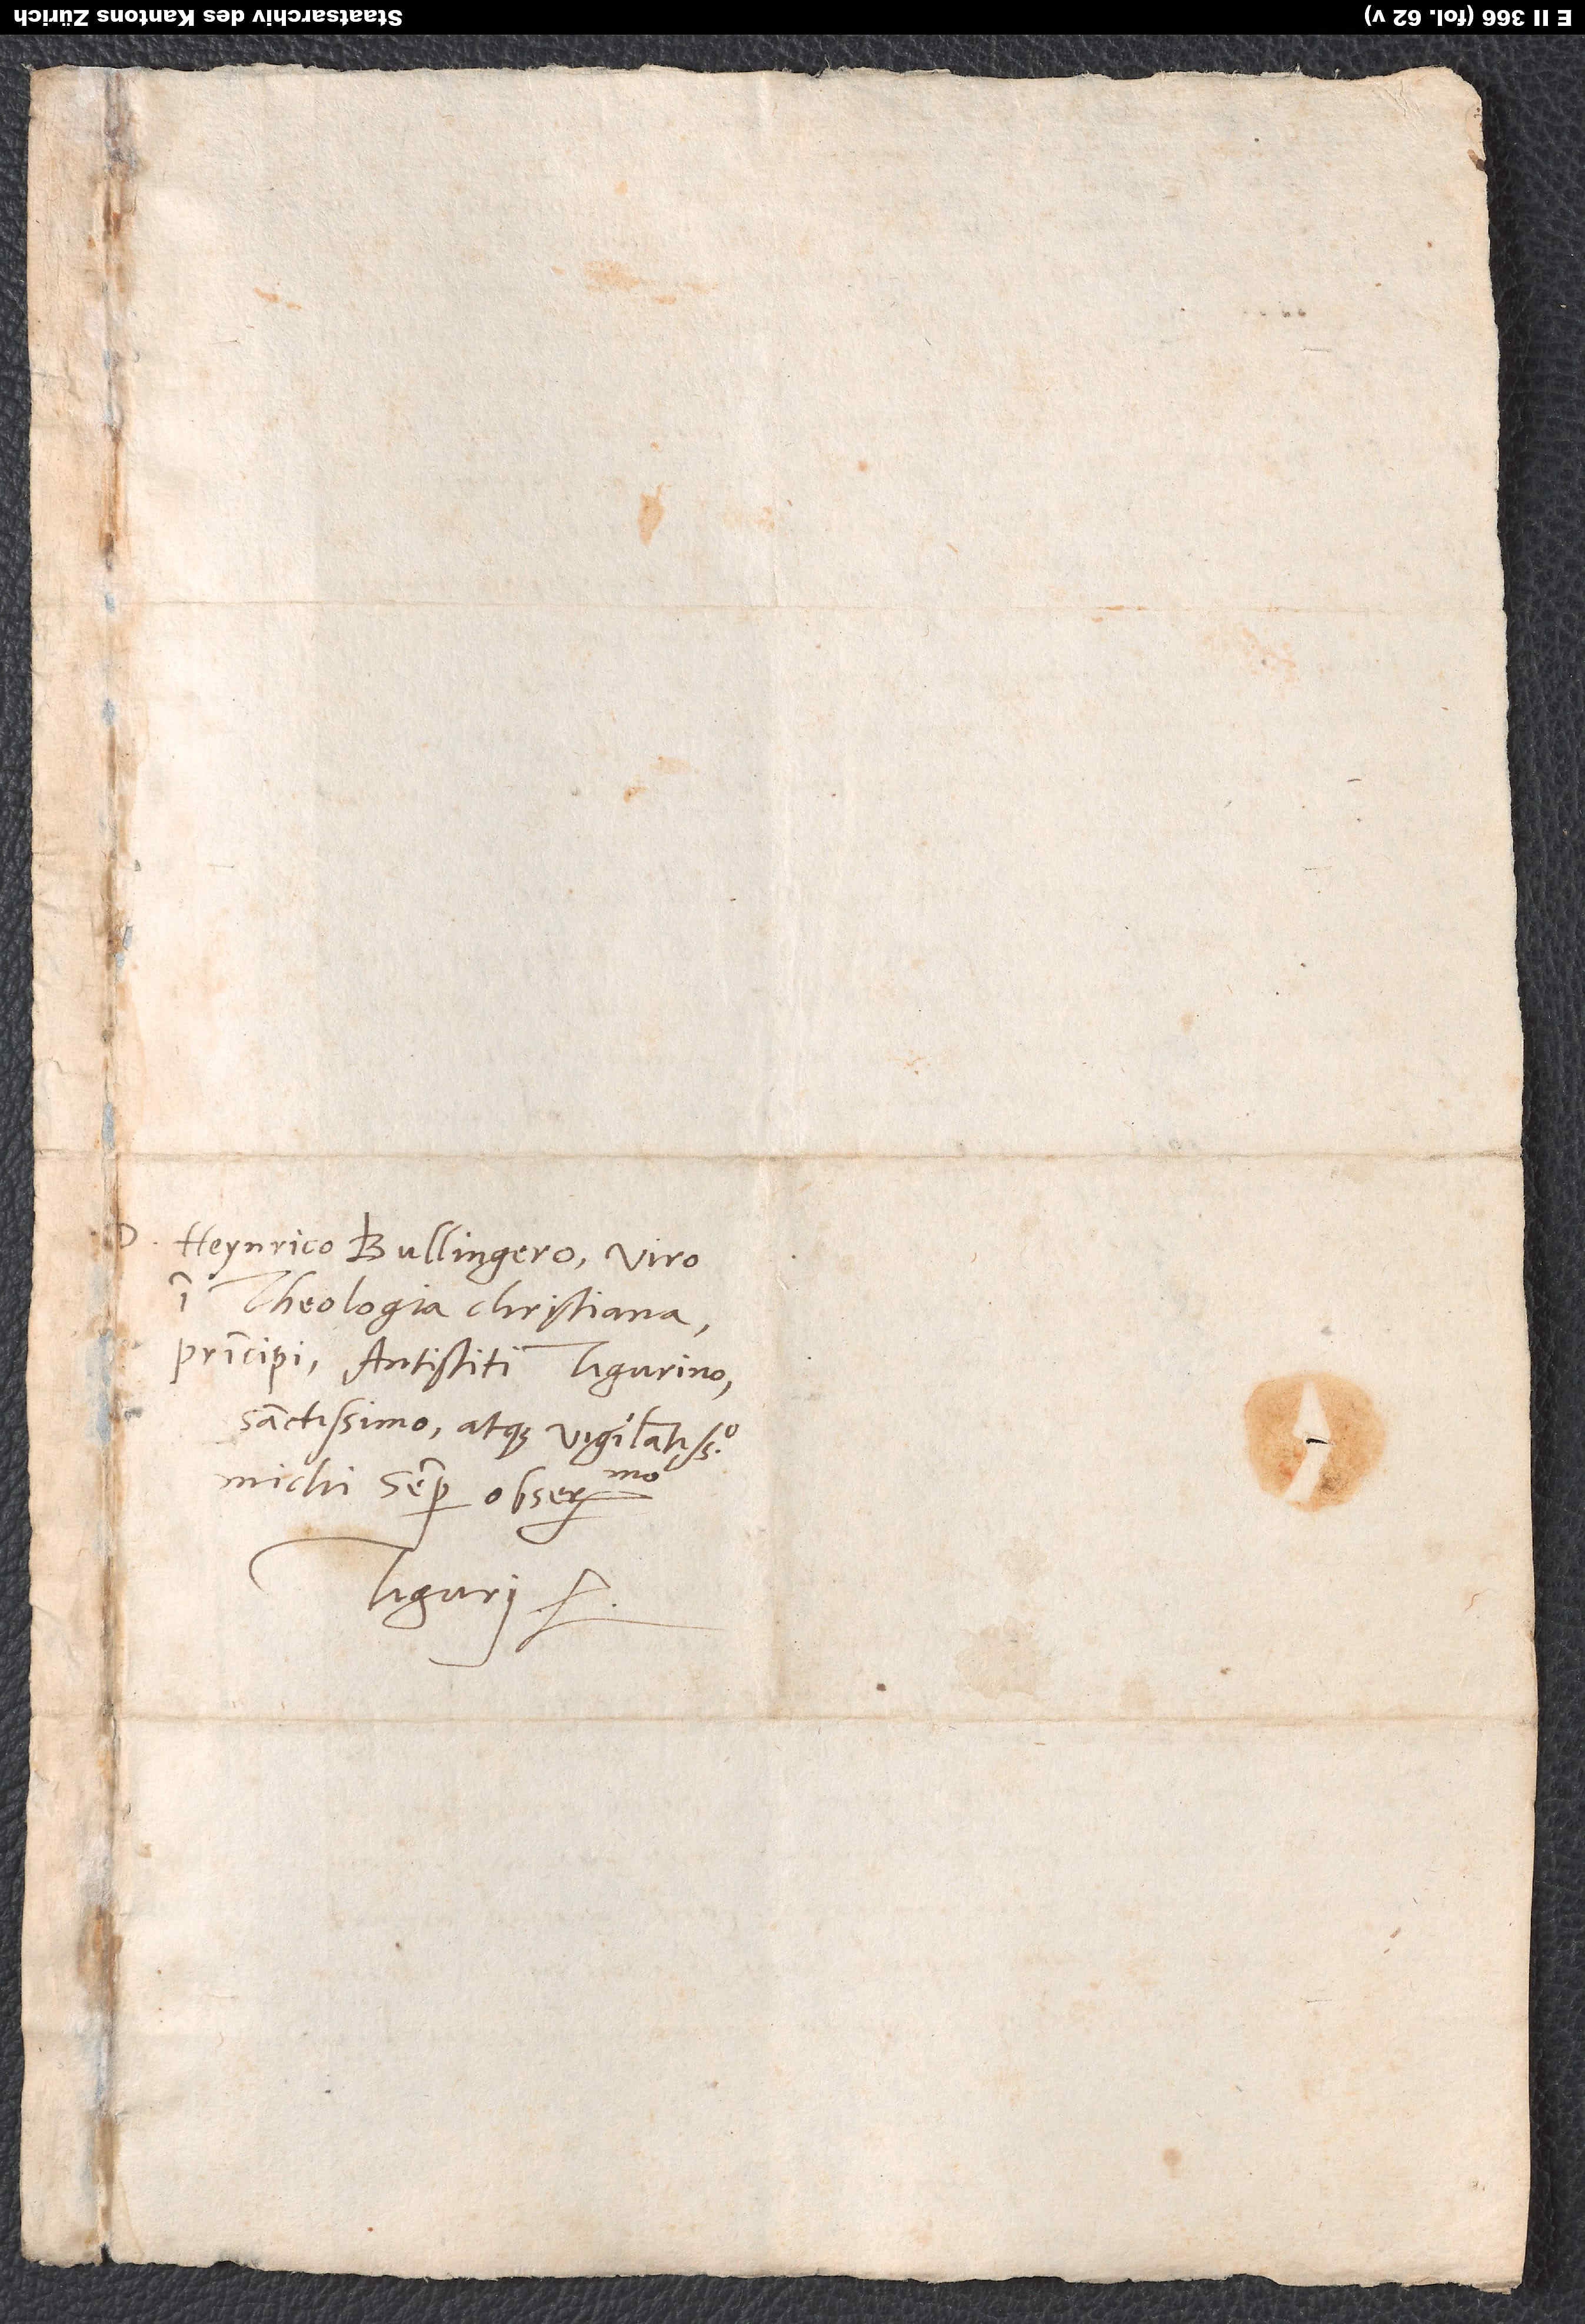
Heynrico Bullingero, viro
theologia christiana
principi, antistiti Tigurino
sanctissimo atque vigilantissimo,
Tiguri.